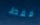
فقط